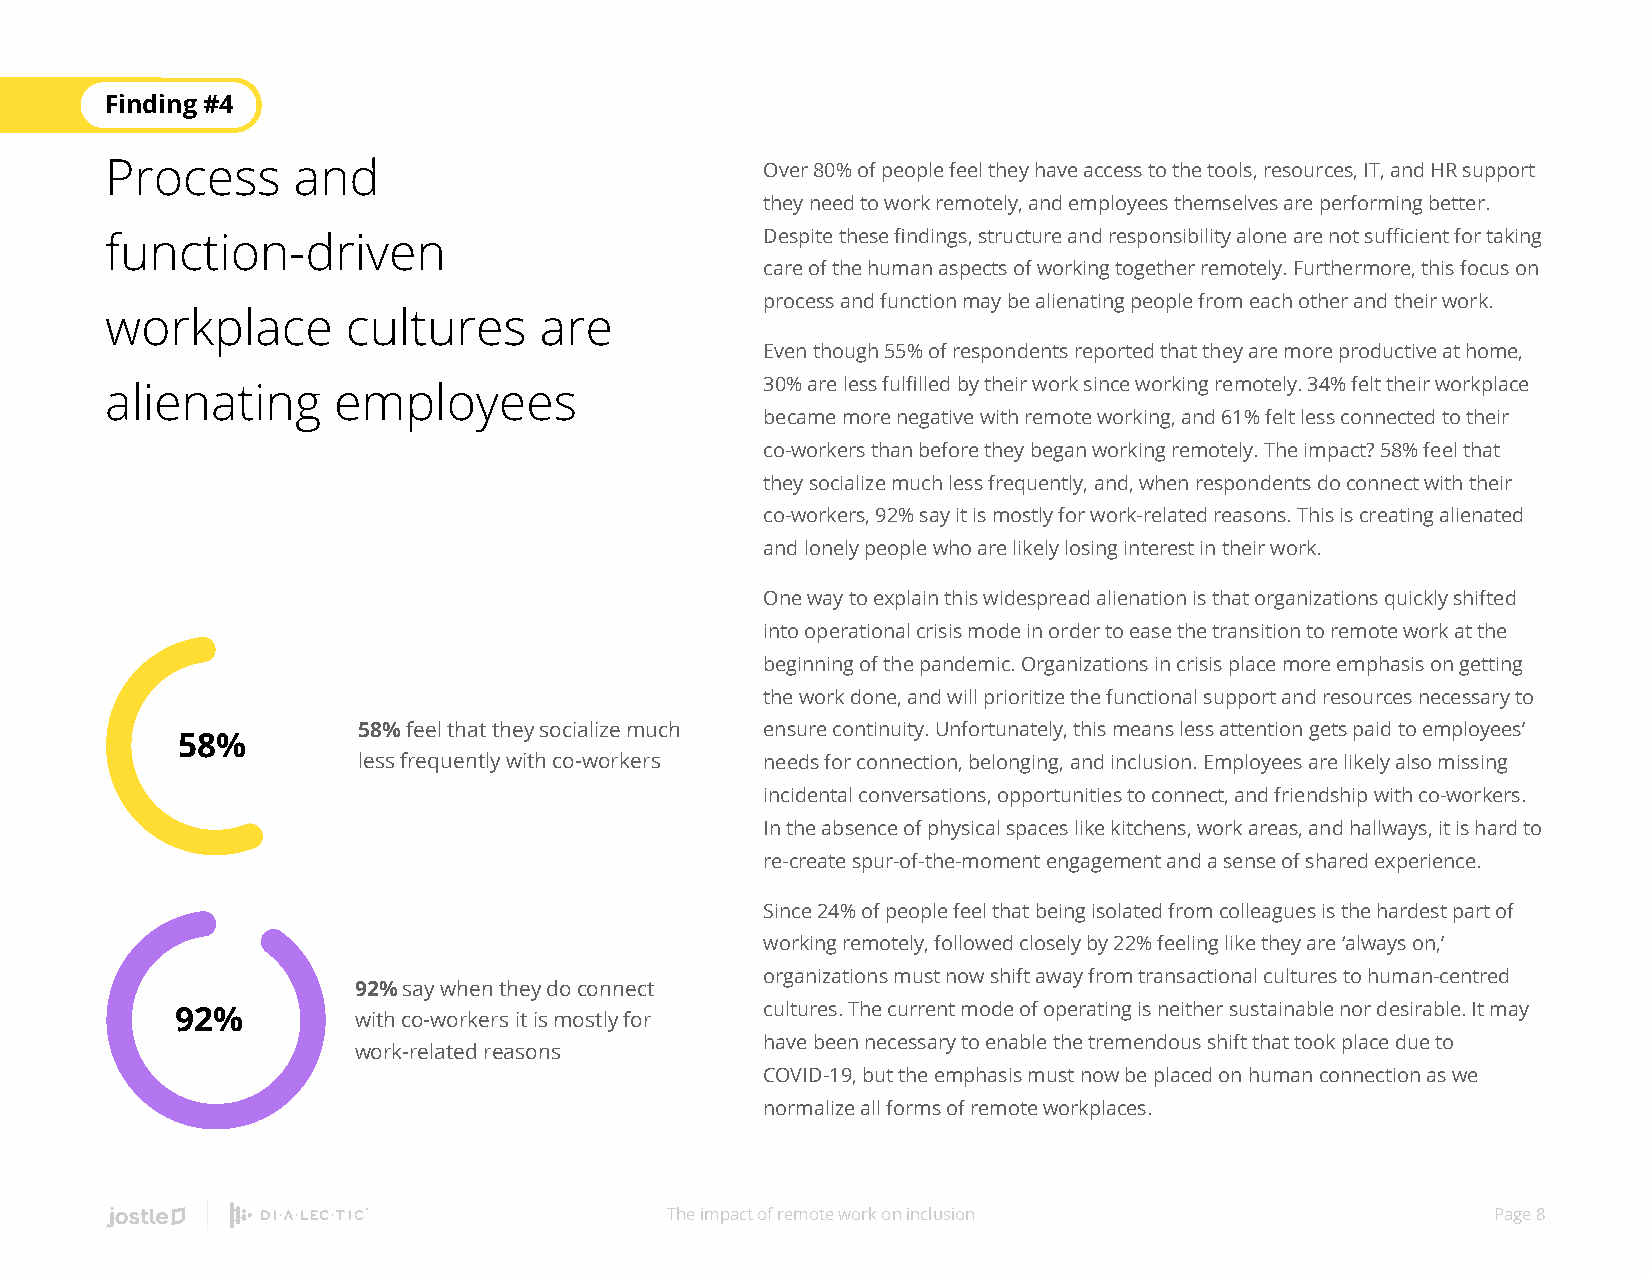
Finding #4
 Process     and                             Over 80% of people feel they have access to the tools, resources, IT, and HR support
 they need to work remotely, and employees themselves are performing better.
 function-driven                             Despite these findings, structure and responsibility alone are not sufficient for taking
 care of the human aspects of working together remotely. Furthermore, this focus on
 process and function may be alienating people from each other and their work.
 workplace       cultures     are
 Even though 55% of respondents reported that they are more productive at home,
 alienating     employees                    30% are less fulfilled by their work since working remotely. 34% felt their workplace
 became more negative with remote working, and 61% felt less connected to their
 co-workers than before they began working remotely. The impact? 58% feel that
 they socialize much less frequently, and, when respondents do connect with their
 co-workers, 92% say it is mostly for work-related reasons. This is creating alienated
 and lonely people who are likely losing interest in their work.
 One way to explain this widespread alienation is that organizations quickly shifted
 into operational crisis mode in order to ease the transition to remote work at the
 beginning of the pandemic. Organizations in crisis place more emphasis on getting
 the work done, and will prioritize the functional support and resources necessary to
 58% feel that they socialize much ensure continuity. Unfortunately, this means less attention gets paid to employees’
 58%
 less frequently with co-workers needs for connection, belonging, and inclusion. Employees are likely also missing
 incidental conversations, opportunities to connect, and friendship with co-workers.
 In the absence of physical spaces like kitchens, work areas, and hallways, it is hard to
 re-create spur-of-the-moment engagement and a sense of shared experience.
 Since 24% of people feel that being isolated from colleagues is the hardest part of
 working remotely, followed closely by 22% feeling like they are ‘always on,’
 organizations must now shift away from transactional cultures to human-centred
 92% say when they do connect
 92%        with co-workers it is mostly for cultures. The current mode of operating is neither sustainable nor desirable. It may
 have been necessary to enable the tremendous shift that took place due to
 work-related reasons
 COVID-19, but the emphasis must now be placed on human connection as we
 normalize all forms of remote workplaces.
 The impact of remote work on inclusion                 Page 8